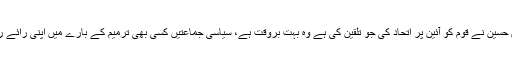
صدرِ مملکت ممنون حسین نے قوم کو آئین پر اتحاد کی جو تلقین کی ہے وہ بہت بروقت ہے، سیاسی جماعتیں کسی بھی ترمیم کے بارے میں اپنی رائے رکھنے میں آزاد ہیں۔